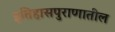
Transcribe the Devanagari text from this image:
इतिहासपुराणातील